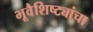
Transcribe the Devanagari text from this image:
भूवैशिष्ट्यांचा